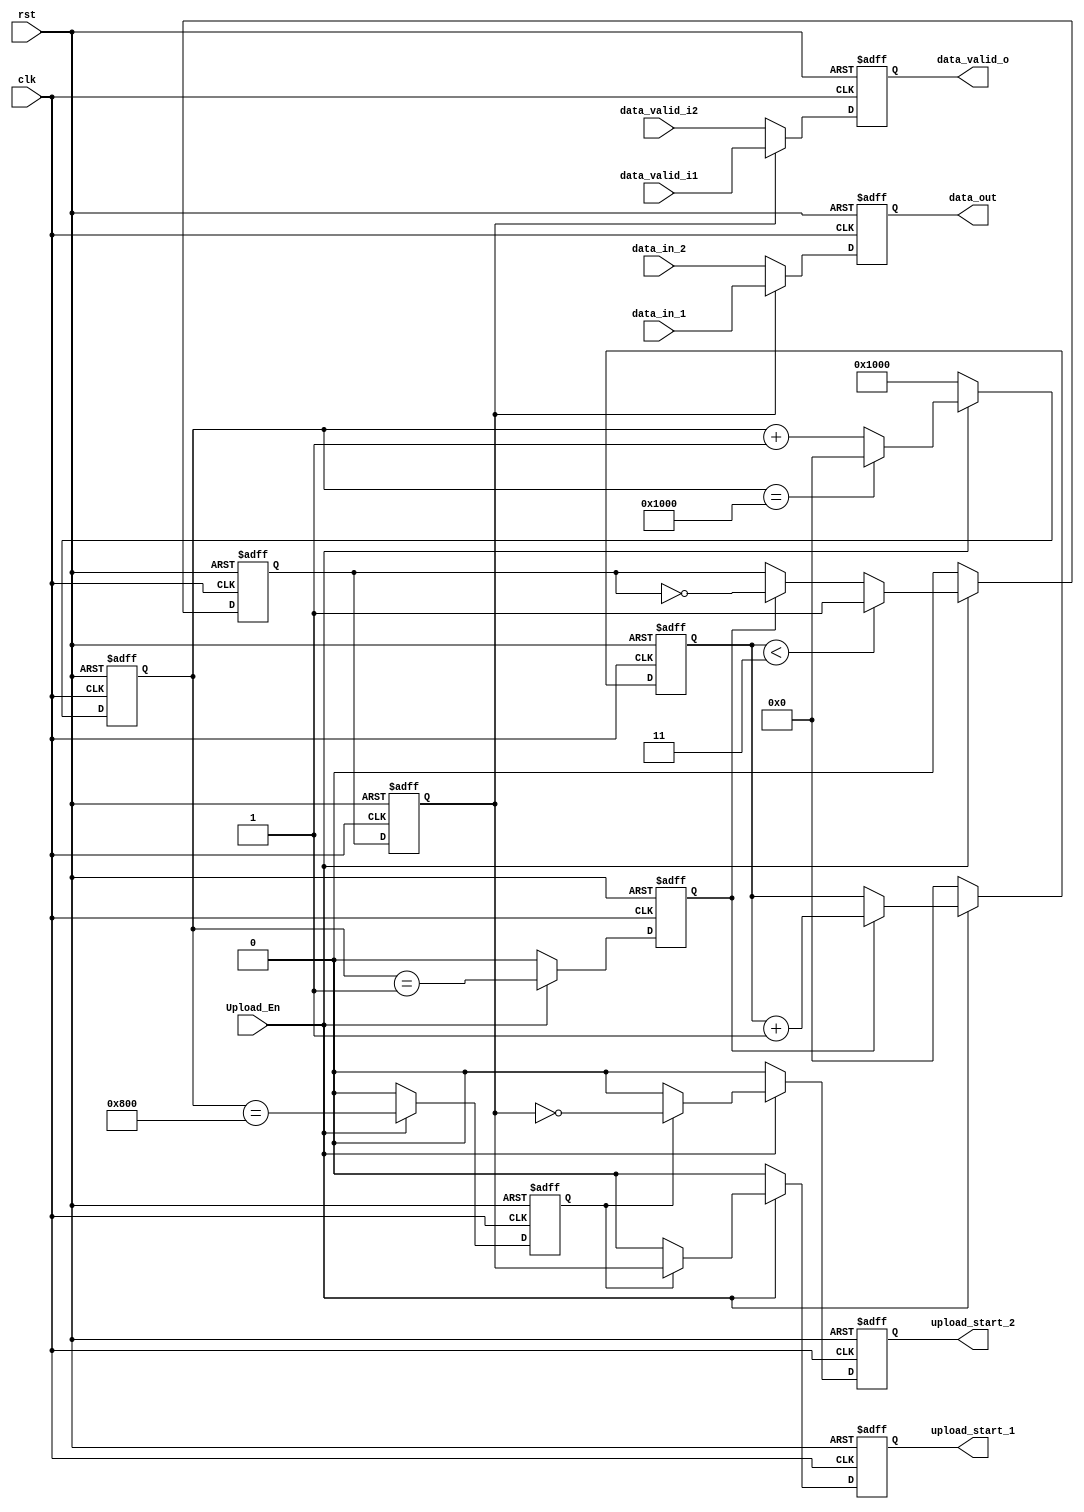
`timescale 1ns / 1ps
//==============================================================================
// Copyright (C) 2016 By GUO Pan
// guopan@bit.edu.cn, All Rights Reserved
//==============================================================================
// Module : 	Upload_Switcher
// Contact : 	guopan@bit.edu.cn
//==============================================================================
// Description :	FFT
//					 COUNTER_MAX  512 
//					upload_start
//==============================================================================
module Upload_Switcher(
    input clk,
    input rst,
    input Upload_En,
    input [63:0] data_in_1,
    input [63:0] data_in_2,
	input data_valid_i1,
	input data_valid_i2,
	
    output reg upload_start_1,
    output reg upload_start_2,
    output reg [63:0] data_out,
	output reg data_valid_o
    );
	
reg switch_start;
reg upload_start;

parameter COUNTER_MAX = 16'd4096;

reg Switch_ahd;	// Switch1clkSwitch
reg Switch;
reg [15:0] UpLoad_Counter;		// 
reg [15:0] RB_Counter;			// 


// Switch  1  Channel 1 
// Switch  0  Channel 0 
//  1 1
always @(posedge clk or posedge rst)
begin
    if(rst == 1)
		Switch_ahd <= 0;
    else if(Upload_En == 0)
		Switch_ahd <= 0;
	else if(RB_Counter < 3)
		Switch_ahd <= 1;
	else if(switch_start == 1)
		Switch_ahd <= ~Switch_ahd;
	else
		Switch_ahd <= Switch_ahd;
end

always @(posedge clk or posedge rst)
begin
    if(rst == 1)
		Switch <= 0;
	else
		Switch <= Switch_ahd;
end

//   upload_start_1  _2 
always @(posedge clk or posedge rst)
begin
    if(rst == 1)
	begin
        upload_start_1 <= 0;
		upload_start_2 <= 0;
	end
    else if(Upload_En == 0)
	begin
        upload_start_1 <= 0;
		upload_start_2 <= 0;
	end
	else if(upload_start == 1)
	begin
        upload_start_1 <= Switch;
		upload_start_2 <= ~Switch;
	end
	else
	begin
        upload_start_1 <= 0;
		upload_start_2 <= 0;
	end
end

//  data_out 
always @(posedge clk or posedge rst)
begin
    if(rst == 1)
        data_out <= 64'd0;
    else if(Switch == 1)
        data_out <= data_in_1;
	else
        data_out <= data_in_2;
end

//  data_valid 
always @(posedge clk or posedge rst)
begin
    if(rst == 1)
        data_valid_o <= 0;
    else if(Switch == 1)
        data_valid_o <= data_valid_i1;
	else
        data_valid_o <= data_valid_i2;
end

//  UpLoad_Counter
always @(posedge clk or posedge rst)
begin
    if(rst == 1)
        UpLoad_Counter <= COUNTER_MAX;
    else if(Upload_En == 0)
        UpLoad_Counter <= COUNTER_MAX;
	else if(UpLoad_Counter == COUNTER_MAX)
        UpLoad_Counter <= 0;
    else
        UpLoad_Counter <= UpLoad_Counter + 1;
end

// upload_start 
always @(posedge clk or posedge rst)
begin
    if(rst == 1)
        upload_start <= 0;
    else if(Upload_En == 0)
        upload_start <= 0;
	else
        upload_start <= (UpLoad_Counter == COUNTER_MAX/2);
end

// switch_start 
always @(posedge clk or posedge rst)
begin
    if(rst == 1)
        switch_start <= 0;
    else if(Upload_En == 0)
        switch_start <= 0;
	else
        switch_start <= (UpLoad_Counter == 1);
end

//  RB_Counter
always @(posedge clk or posedge rst)
begin
    if(rst == 1)
        RB_Counter <= 0;
    else if(Upload_En == 0)
        RB_Counter <= 0;
	else if(switch_start == 1)
        RB_Counter <= RB_Counter + 1;
    else
        RB_Counter <= RB_Counter;
end

endmodule